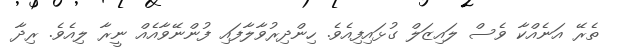
ތެރޭ އަނެއްކާ ވެސް ލައިޒަލް ގުޅައިފިއެވެ. ހިންދިރުވާލާފައި ފުންނޭވާއެއް ނީރާ ލިއެވެ. ރިދާ